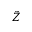
\tilde { Z }